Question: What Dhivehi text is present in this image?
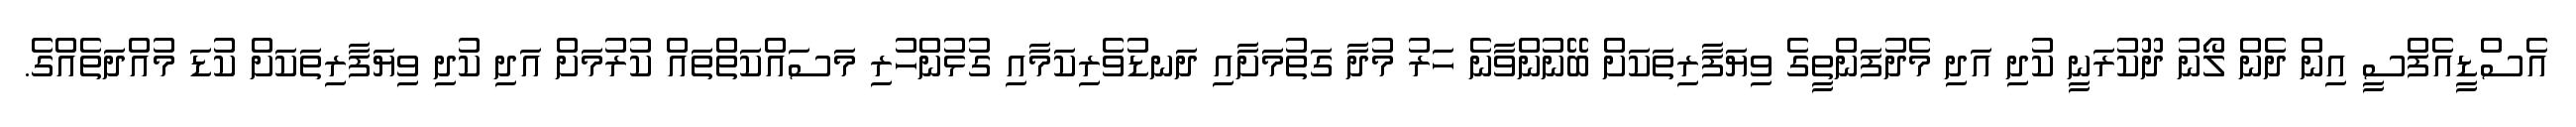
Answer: އެސްޑީއެފްސީ އިން ދެން ލޯނު ދޫކުރަނީ ކުދި އަދި މެދުފަންތީގެ ވިޔަފާރިތަކަށް ބޭނުންވާނެ ހަރު މުދާ ގަތުމަށާއި ދަނޑުވެރިކަމާއި ގުޅުންހުރި މަސައްކަތްތައް ކުރުމަށް އަދި ކުދި ވިޔަފާރިތަކަށް ކުޑަ މުއްދަތެއްގެ.